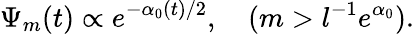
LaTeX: \Psi_{m}(t)\propto e^{-\alpha_{0}(t)/2},\quad(m>l^{-1}e^{\alpha_{0}}).